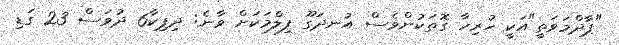
"ޕާދްމަވަތީ"އަކީ ހުރިހާ ގޮތަކުންވެސް އުނދަގޫ ފިލްމަކަށް ވާނެ: ދިޕިކާ6 ދުވަސް 23 ގަޑި